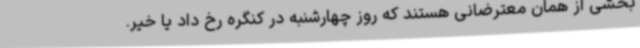
بخشی از همان معترضانی هستند که روز چهارشنبه در کنگره رخ داد یا خیر.